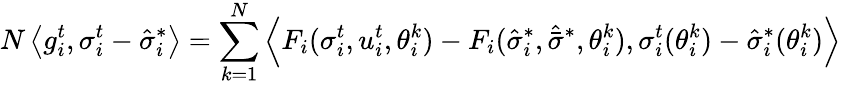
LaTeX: N\left<g_{i}^{t},\sigma_{i}^{t}-\hat{\sigma}_{i}^{*}\right>=\sum_{k=1}^{N}\left<F_{i}(\sigma_{i}^{t},u_{i}^{t},\theta_{i}^{k})-F_{i}(\hat{\sigma}_{i}^{*},\hat{\bar{\sigma}}^{*},\theta_{i}^{k}),\sigma_{i}^{t}(\theta_{i}^{k})-\hat{\sigma}_{i}^{*}(\theta_{i}^{k})\right>